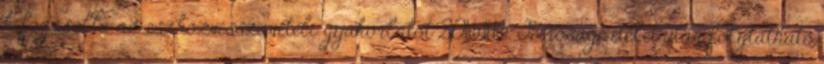
kifogásolta az eszközvisszavételi gyakorlatot 2016.11.16. Bírósági ítélet után folytatható